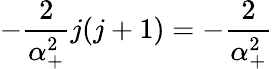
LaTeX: -\frac 2{\alpha_{+}^{2}}j(j+1)=-\frac 2{\alpha_{+}^{2}}